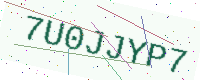
Text: 7U0JJYP7